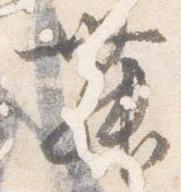
舞